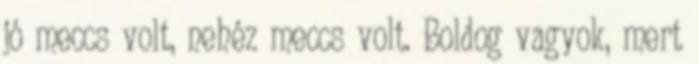
jó meccs volt, nehéz meccs volt. Boldog vagyok, mert